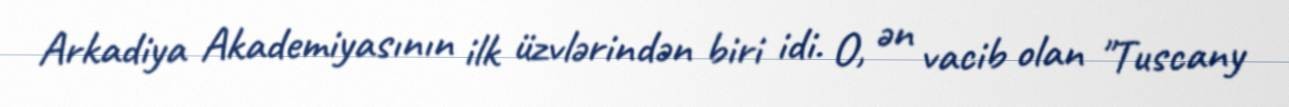
Arkadiya Akademiyasının ilk üzvlərindən biri idi. O, ən vacib olan "Tuscany